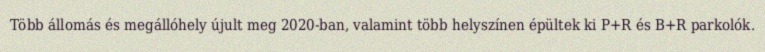
Több állomás és megállóhely újult meg 2020-ban, valamint több helyszínen épültek ki P+R és B+R parkolók.